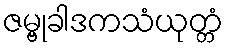
ဇမ္ဗုခါဒကသံယုတ္တံ